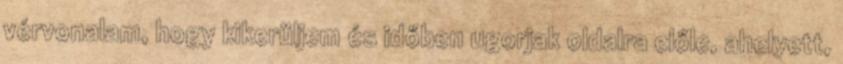
vérvonalam, hogy kikerüljem és időben ugorjak oldalra előle, ahelyett,